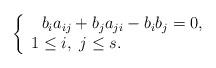
LaTeX: \begin{align*}\left\{ \begin{array}{c}b_{i}a_{ij}+b_{j}a_{ji}-b_{i}b_{j}=0, \\ 1\leq i,\ j\leq s.\ \ \ \ \ \ \ \ \ \ \ \ \ \ \ \ \ \end{array}\right. \end{align*}